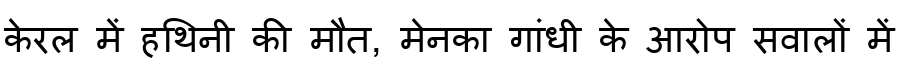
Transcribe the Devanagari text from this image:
केरल में हथिनी की मौत, मेनका गांधी के आरोप सवालों में